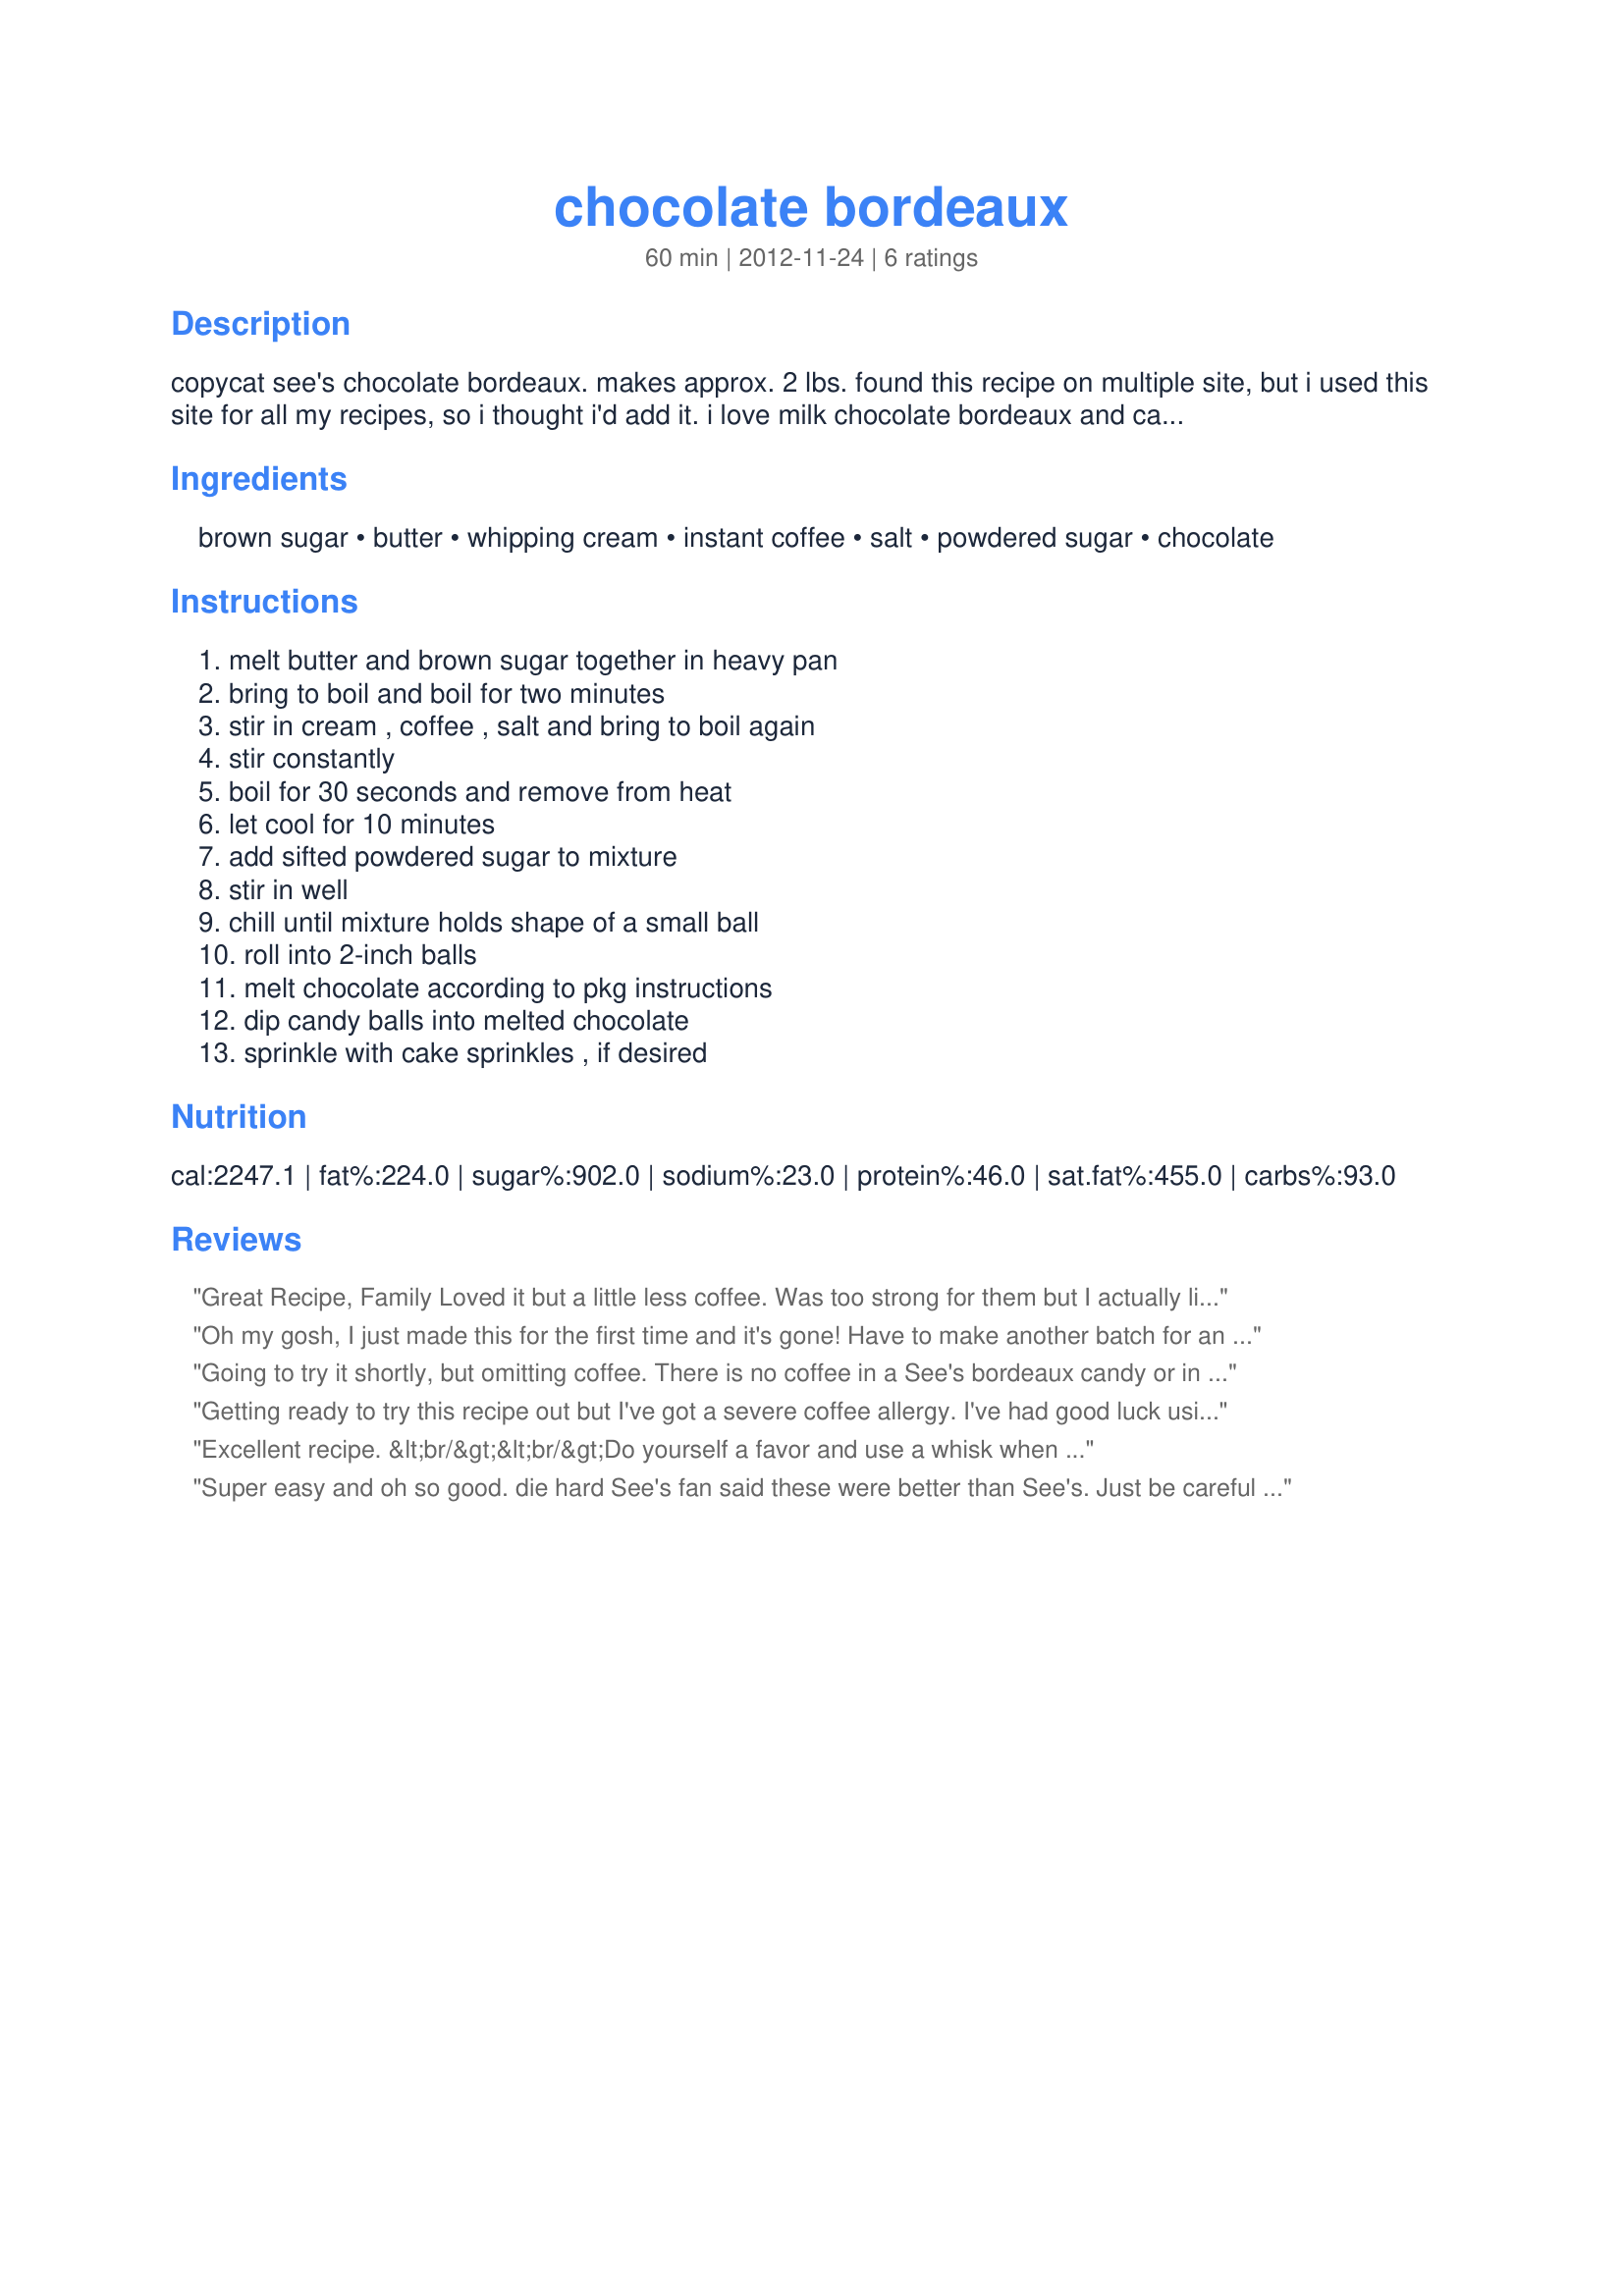
chocolate bordeaux
Preparation time: 60 minutes

copycat see's chocolate bordeaux. makes approx. 2 lbs.

found this recipe on multiple site, but i used this site for all my recipes, so i thought i'd add it. i love milk chocolate bordeaux and can't wait to try this.

http://ewifeblogsagain.blogspot.com/2011/12/make-your-own-sees-bordeaux.html
http://community.tasteofhome.com/community_forums/f/30/p/156797/158148.aspx#158148

Ingredients:
brown sugar, butter, whipping cream, instant coffee, salt, powdered sugar, chocolate

Steps:
melt butter and brown sugar together in heavy pan, bring to boil and boil for two minutes, stir in cream , coffee , salt and bring to boil again, stir constantly, boil for 30 seconds and remove from heat, let cool for 10 minutes, add sifted powdered sugar to mixture, stir in well, chill until mixture holds shape of a small ball, roll into 2-inch balls, melt chocolate according to pkg instructions, dip candy balls into melted chocolate, sprinkle with cake sprinkles , if desired

Reviews:
Great Recipe, Family Loved it but a little less coffee. Was too strong for them but I actually liked it the way it was
Oh my gosh, I just made this for the first time and it's gone! Have to make another batch for an upcoming Christmas party this weekend-I'll have to hide it from the family. Can't say enough good things about this recipe, sincere thanks for posting it
Going to try it shortly, but omitting coffee. There is no coffee in a See's bordeaux candy or in their Bordeaux Fudge --- which is what I wish to emulate :)
Getting ready to try this recipe out but I've got a severe coffee allergy. I've had good luck using dark chocolate powder as a substitute before. Anyone tried it?
Excellent recipe. &lt;br/&gt;&lt;br/&gt;Do yourself a favor and use a whisk when incorporating your powdered sugar. It does a far better job getting the sugar all the way in. I learned this making butterscotch squares as well. &lt;br/&gt;&lt;br/&gt;I use a heat diffuser I picked up for a few bucks online with my candy making, and it&#039;s helped a lot too. I&#039;m not so paranoid about scorching.&lt;br/&gt;&lt;br/&gt;Finally, if melting the chocolate is a terrible pain in your behind, throw in a tablespoon of shortening (or more) per cup of chocolate when you melt it. It thins things out, makes the chocolate easy to work with, and generally turns the messiest part of the job into the easiest.
Super easy and oh so good. die hard See's fan said these were better than See's. Just be careful not to over cool before shaping.
